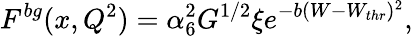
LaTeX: F^{bg}(x,Q^{2})=\alpha_{6}^{2}G^{1/2}\xi e^{-b(W-W_{thr})^{2}},